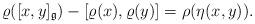
LaTeX: \begin{align*} \varrho([x,y]_\mathfrak{g})-[\varrho(x),\varrho(y)]=\rho(\eta(x,y)).\end{align*}